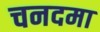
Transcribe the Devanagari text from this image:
चनदमा